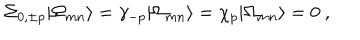
\Sigma _ { 0 , \pm p } | \Omega _ { m n } \rangle = \gamma _ { - p } | \Omega _ { m n } \rangle = \chi _ { p } | \Omega _ { m n } \rangle = 0 \ ,